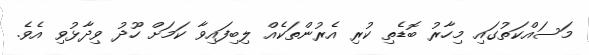
މަސައްކަތުގައި މިހާރު ބޮޑެތި ކުރި އެރުންތަކެއް ލިބިފައިވާ ކަމަށް ހޫދު ވިދާޅުވި އެވެ.